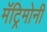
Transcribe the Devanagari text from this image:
मॅट्रिमोनी